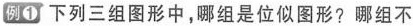
例① 下列三组图形中，哪组是位似图形? 哪组不